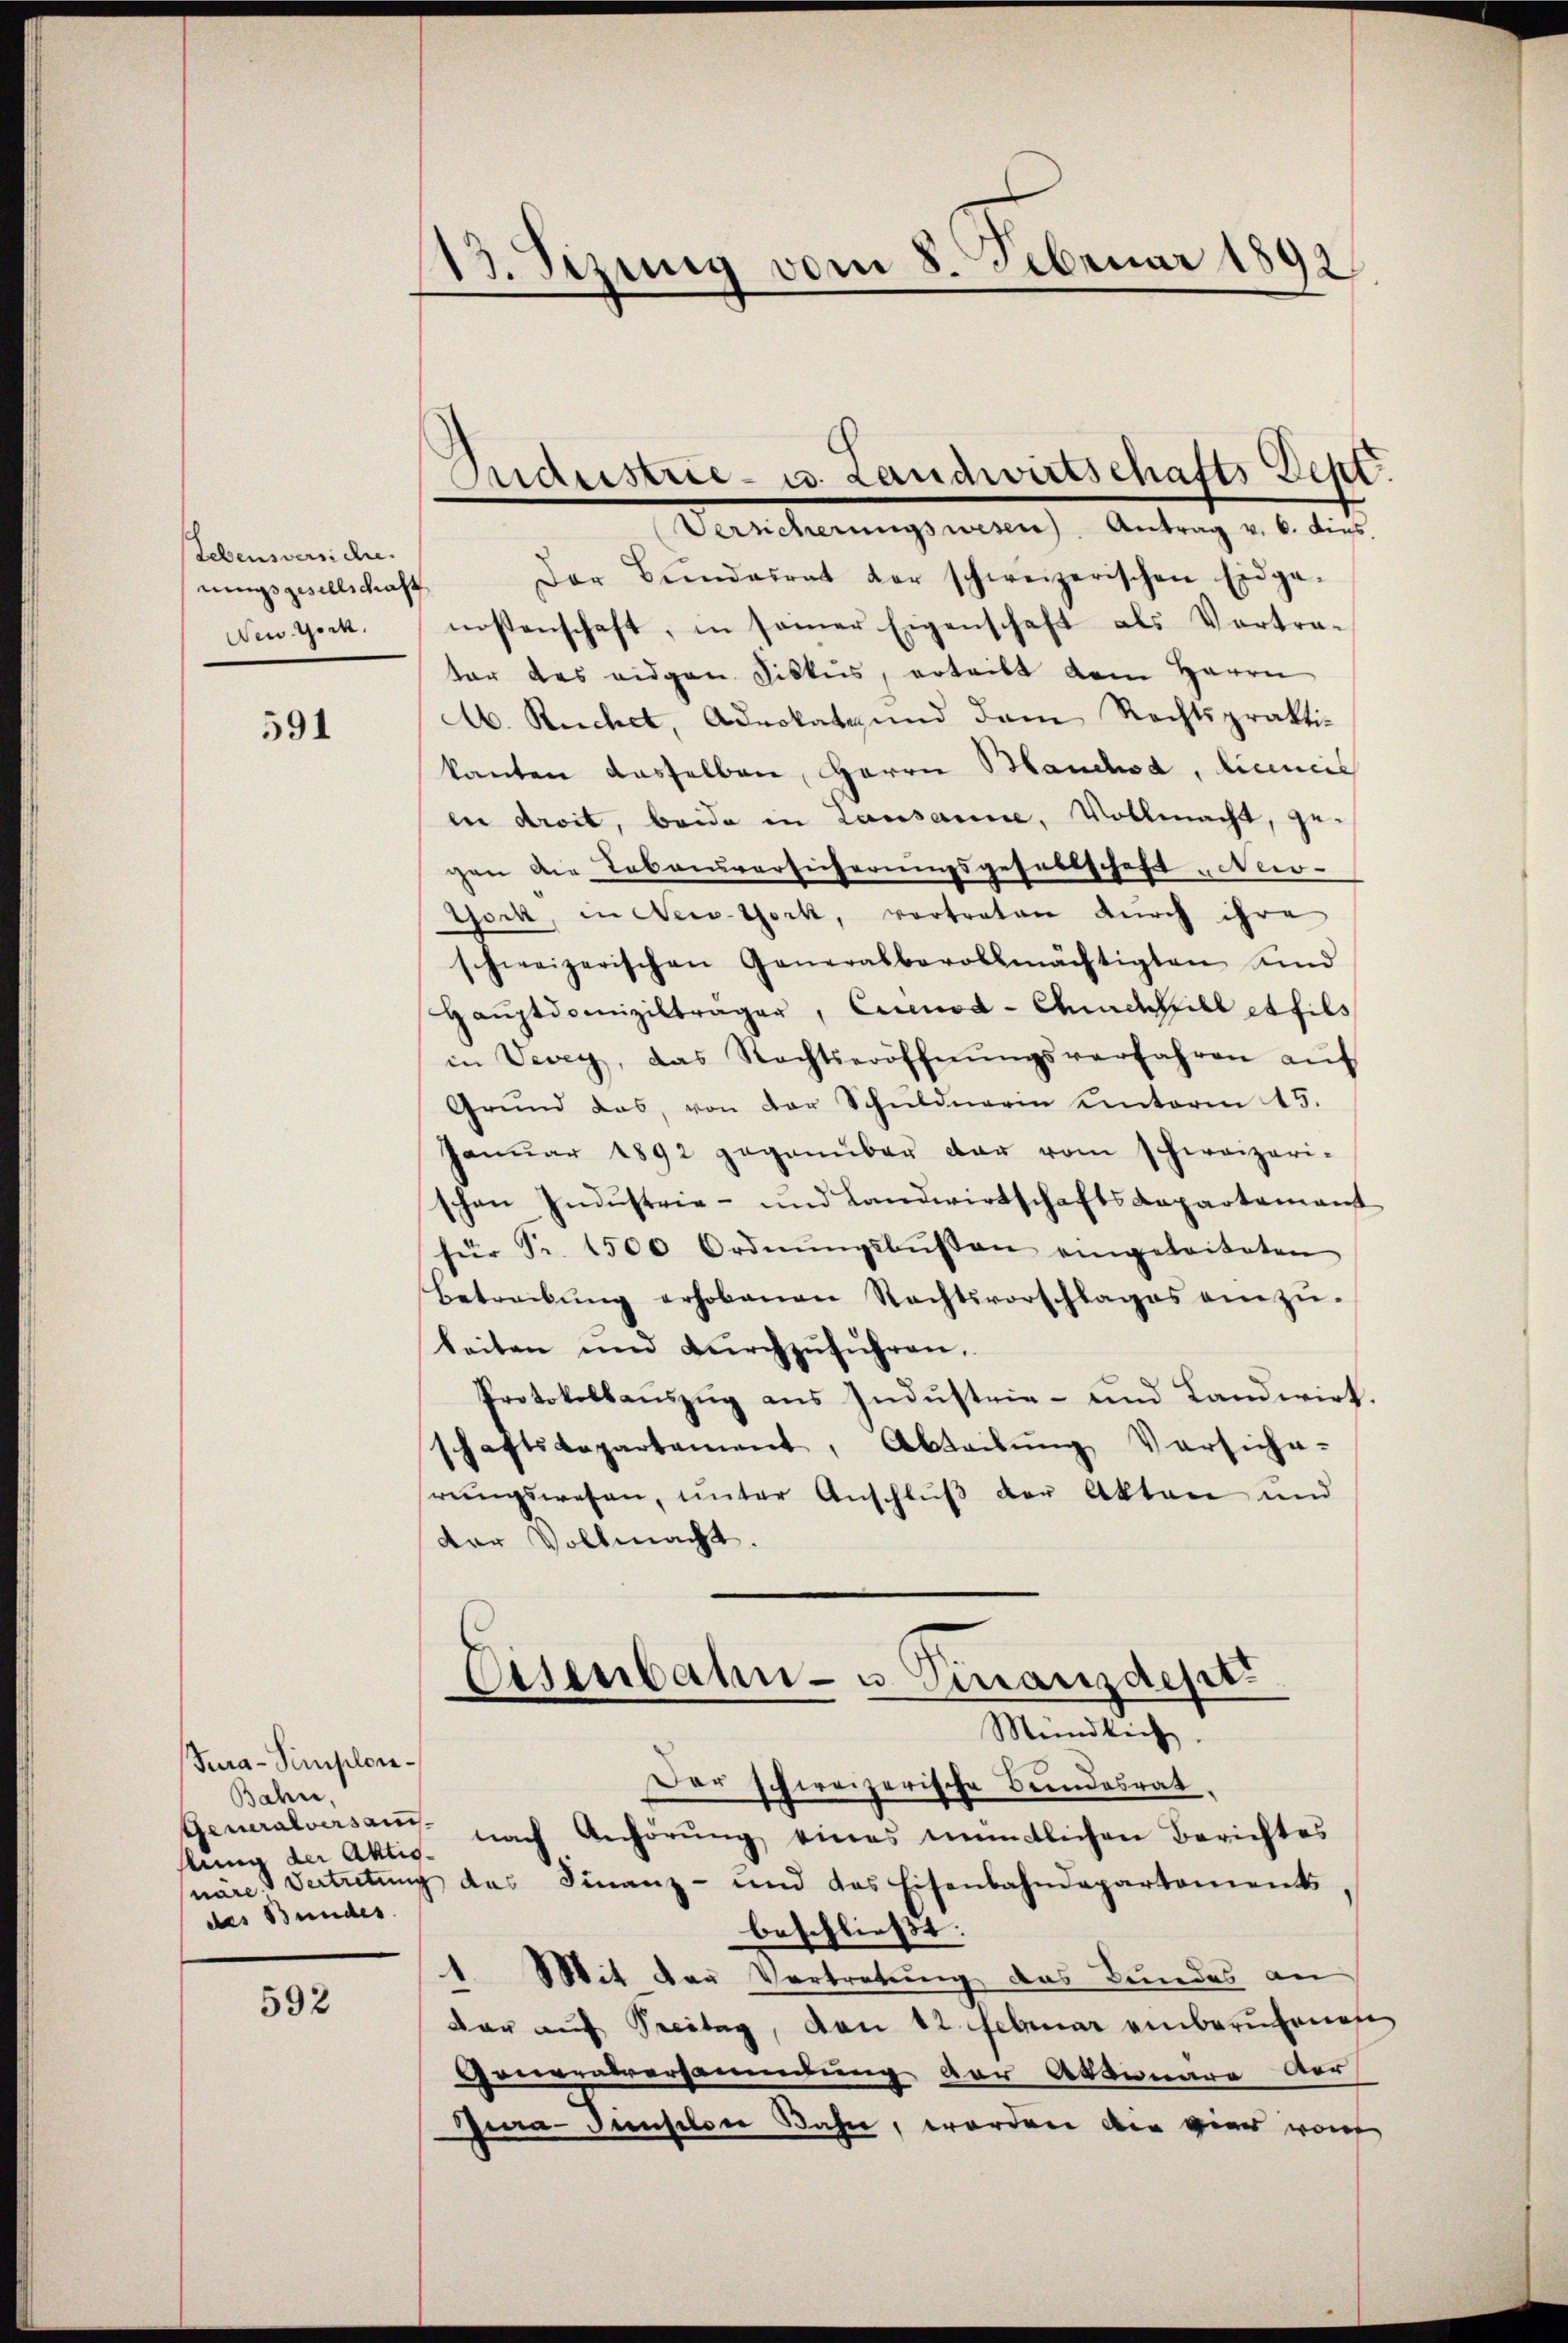
Lebensversichte.
nungsgesellschaft
New Yock.

591

Sira-Simplon¬
Bahn,
slung der Aktiodes Bundes

592

13. Sizung vom 8. Februar 1891

Maustrie- u. Landwirtschafts-Dept.
Versicherungswesen Antrag v. 6. dies
Der Bŭndesrat der schweizerischen Eidge-
nossenschaft, in seiner Eigenschaft als Vortra-
ter des eidgen Fiskus, erteilt dem Herrn
M. Ruchel, Advokate und dem Rechtsprakti-
kanten dasselben, Herrn Manchea, Liceniis
en droit, beide in Lausanne, Vollmacht, ge-
gen die Lebensversicherungsgesellschaft „Nio-
Gock, in New-York, vortreten durch ihre
schweizerischen Generalbevollmächtigten sind
Haŭptdomiziltrager, Cicenod- Churchbill et fils
in Vevey, das Rechtseröffnŭngsverfahren aŭf
Grŭnd das, von der Schŭldnerin unterm 15.
Janŭar 1892 gegenüber dar vom schweizeri-
schen Indŭstrie- und Landwirtschaftsdepartamant
für Fr. 1500 Ordnŭngsbŭβen eingeleiteten
Betreibŭng erhobenen Rechtsvorschlages einzŭ-
Seiten und dŭrchzŭführen.
Protokollauszug aus Industrie- und Landwirt.
schaftsdepartament, Abteilŭng Versiche-
rŭngswesen, ŭnter Anschlŭβ der Akten und
dor Vollmacht.
Eisenbahn- u. Finanzdept
Mündlich.
Der schweizerische Bundesrat
Generalversang nach Anhörŭng eines amtlichen Berichtes
näre & Vertretung das Finanz- und das Eisenbahndepartements
beschließt:
1. Mit der Vertretung des Bundes an
dar auf Treitag, von 12. Februar einberufenes
Generalversammlung der Aktionare der
Geradenselber Bahn, worden der vier woh